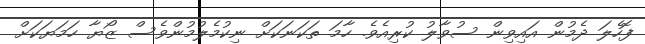
ފޮހެލަ ދެމުން އައިވިން ސުވާލު ކުރިއެވެ. ހާމަ ތަކަނަކަށް ނިކުމެލުމުންވެސް ޒޯޔާ ހަމަޔަކަށް